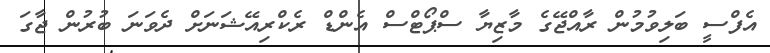
އެފްސީ ބަލިވުމުން ރާއްޖޭގެ މާޒިޔާ ސްޕޯޓްސް އެންޑް ރެކްރިއޭޝަނަށް ދެވަނަ ބުރުން ޖާގަ